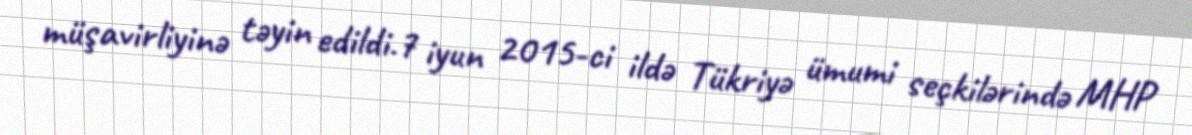
müşavirliyinə təyin edildi.7 iyun 2015-ci ildə Tükriyə ümumi seçkilərində MHP